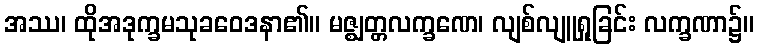
အဿ၊ ထိုအဒုက္ခမသုခဝေဒနာ၏။ မဇ္ဈတ္တလက္ခဏေ၊ လျစ်လျူရှုခြင်း လက္ခဏာ၌။